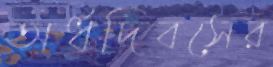
অর্ধদিবসের